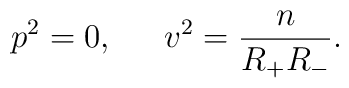
p^2=0,\,\,\,\quad v^2=\frac n{R_{+}R_{-}}.